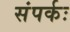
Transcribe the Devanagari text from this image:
संपर्कः